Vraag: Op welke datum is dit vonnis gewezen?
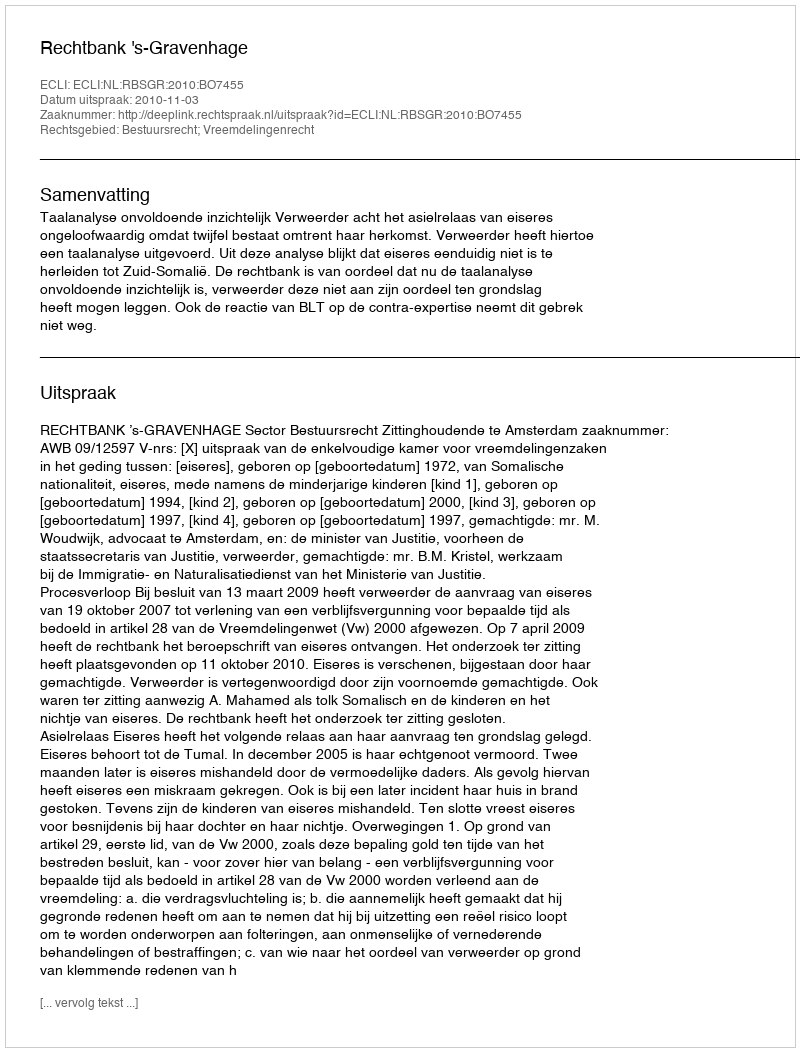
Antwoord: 2010-11-03